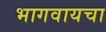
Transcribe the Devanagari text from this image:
भागवायचा